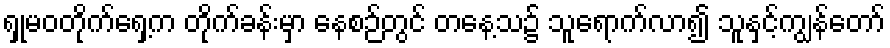
ရှုမဝတိုက်ရှေ့က တိုက်ခန်းမှာ နေစဉ်တွင် တနေ့သ၌ သူရောက်လာ၍ သူနှင့်ကျွန်တော်